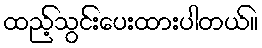
ထည့်သွင်းပေးထားပါတယ်။